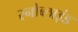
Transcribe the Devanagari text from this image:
स्नोब्लाइंड